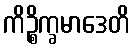
ကိဉ္စိက္ခမာဒေတိ